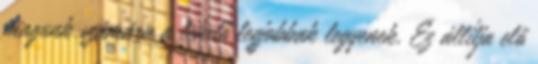
magunk számára a lehető legjobbak legyenek. Ez állítja elő